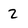
Character: 2